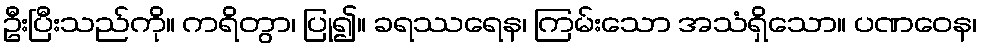
ဦးပြီးသည်ကို။ ကရိတွာ၊ ပြု၍။ ခရဿရေန၊ ကြမ်းသော အသံရှိသော။ ပဏဝေန၊